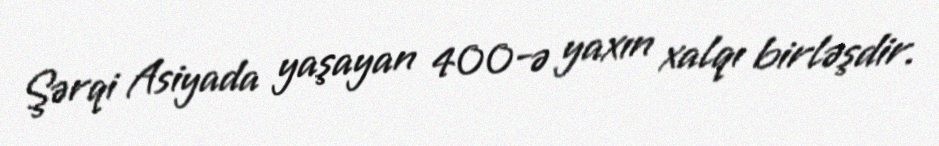
Şərqi Asiyada yaşayan 400-ə yaxın xalqı birləşdir.